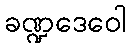
ခဏ္ဍဒေဝေါ